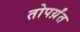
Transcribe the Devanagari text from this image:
तोपर्य़ंत